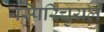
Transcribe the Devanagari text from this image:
स्पिरिचुयल